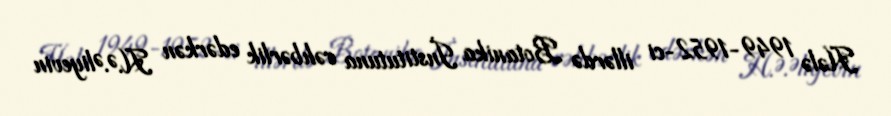
Hələ 1949-1952-ci illərdə Botanika İnstitutuna rəhbərlik edərkən H.Ə.Əliyevin